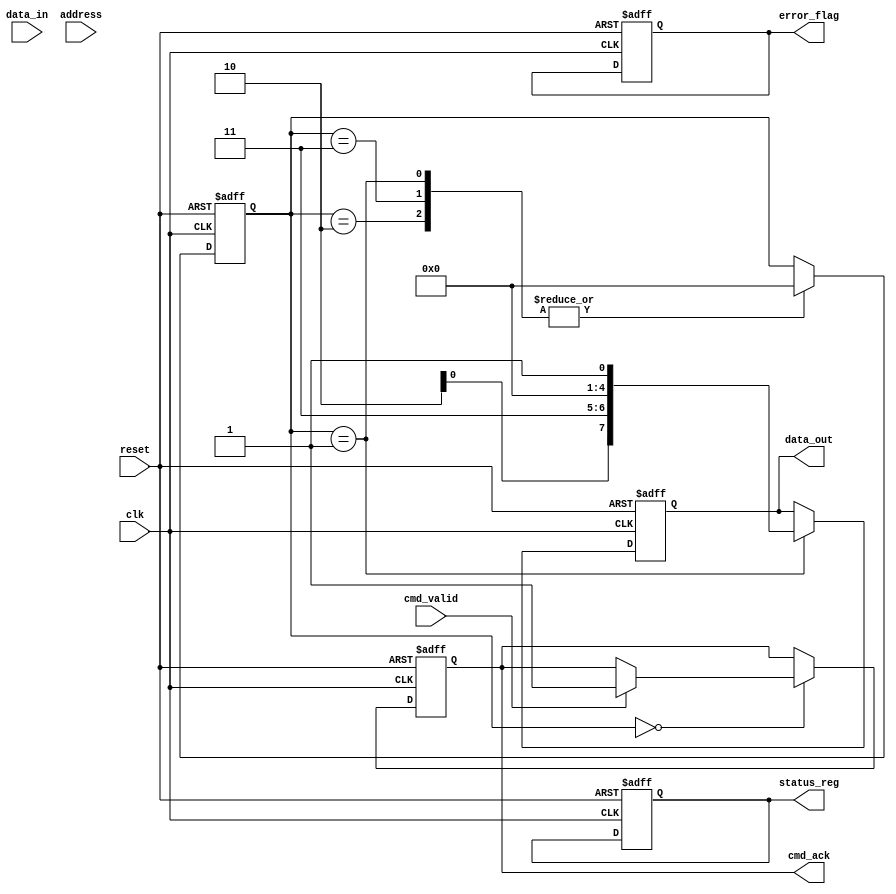
module MLC_NAND_IO_Block (
    input wire clk,                  // Clock signal
    input wire reset,                // Reset signal
    input wire [7:0] data_in,        // Data input from host
    output reg [7:0] data_out,       // Data output to host
    input wire [15:0] address,       // Address input from host
    input wire cmd_valid,            // Command valid signal
    output reg cmd_ack,              // Command acknowledge signal
    output reg [7:0] status_reg,     // Status register
    output reg error_flag            // Error flag
);

// Internal signals
reg [7:0] input_buffer;             // Input buffer
reg [7:0] output_buffer;            // Output buffer
reg [3:0] state;                    // State machine for control logic
reg [7:0] ecc_data;                 // ECC data
reg voltage_level;                  // Voltage level control

// State definitions
localparam IDLE = 4'b0000,
           READ = 4'b0001,
           WRITE = 4'b0010,
           ERASE = 4'b0011;

// Voltage Level Control
always @(posedge clk or posedge reset) begin
    if (reset) begin
        voltage_level <= 1'b0; // Default voltage level
    end else begin
        // Voltage level control logic here
    end
end

// Data Input Buffer
always @(posedge clk or posedge reset) begin
    if (reset) begin
        input_buffer <= 8'b0;
    end else if (cmd_valid && state == IDLE) begin
        input_buffer <= data_in; // Capture incoming data
    end
end

// Data Output Buffer
always @(posedge clk or posedge reset) begin
    if (reset) begin
        data_out <= 8'b0;
    end else if (state == READ) begin
        data_out <= output_buffer; // Drive data out
    end
end

// Address Decoding Logic
always @(posedge clk or posedge reset) begin
    if (reset) begin
        // Reset address decoding logic
    end else if (cmd_valid) begin
        // Decode address and route signals
        // Example: output_buffer <= memory_array[address];
    end
end

// Control and Timing Logic
always @(posedge clk or posedge reset) begin
    if (reset) begin
        state <= IDLE;
        cmd_ack <= 1'b0;
        status_reg <= 8'b0;
    end else begin
        case (state)
            IDLE: begin
                if (cmd_valid) begin
                    cmd_ack <= 1'b1;
                    // Determine command type and transition state
                    // Example: if (command == READ) state <= READ;
                end
            end
            READ: begin
                // Read operation logic
                state <= IDLE; // Transition back to IDLE after read
            end
            WRITE: begin
                // Write operation logic
                state <= IDLE; // Transition back to IDLE after write
            end
            ERASE: begin
                // Erase operation logic
                state <= IDLE; // Transition back to IDLE after erase
            end
        endcase
    end
end

// Error Correction Code (ECC) Engine
always @(posedge clk or posedge reset) begin
    if (reset) begin
        ecc_data <= 8'b0;
        error_flag <= 1'b0;
    end else begin
        // ECC logic to detect and correct errors
    end
end

endmodule